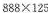
$$ 888/times125$$